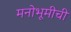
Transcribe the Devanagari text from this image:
मनोभूमीची